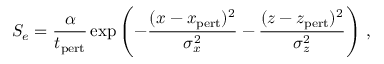
S _ { e } = \frac { \alpha } { t _ { \mathrm { p e r t } } } \exp \left( { - \frac { ( x - x _ { \mathrm { p e r t } } ) ^ { 2 } } { \sigma _ { x } ^ { 2 } } - \frac { ( z - z _ { \mathrm { p e r t } } ) ^ { 2 } } { \sigma _ { z } ^ { 2 } } } \right) \, ,